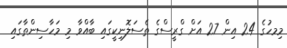
މިމހުގެ 24 އިން 27 އަށް ގްރީސްގެ ތެސަލޮނިކީގައި ބާއްވާ މި މަހާސިންތާގައި